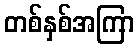
တစ်နှစ်အကြာ